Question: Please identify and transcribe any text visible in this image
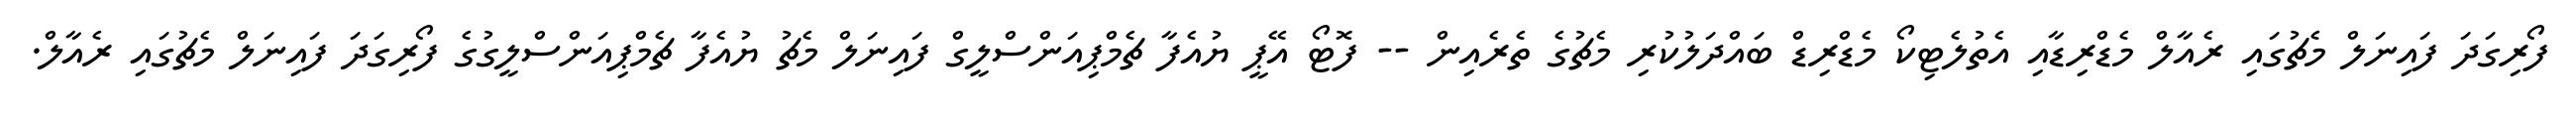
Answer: ފޯރިގަދަ ފައިނަލް މެޗުގައި ރެއާލް މެޑްރިޑާއި އެތުލެޓިކޯ މެޑްރިޑް ބައްދަލުކުރި މެޗުގެ ތެރެއިން -- ފޮޓޯ އޭޕީ ޔުއެފާ ޗެމްޕިއަންސްލީގް ފައިނަލް މެޗު ޔުއެފާ ޗެމްޕިއަންސްލީގުގެ ފޯރިގަދަ ފައިނަލް މެޗުގައި ރެއާލް.